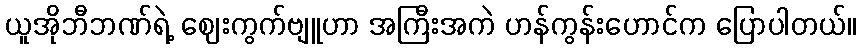
ယူအိုဘီဘဏ်ရဲ့ ဈေးကွက်ဗျူဟာ အကြီးအကဲ ဟန်ကွန်းဟောင်က ပြောပါတယ်။